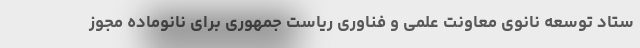
ستاد توسعه نانوی معاونت علمی و فناوری ریاست جمهوری برای نانوماده مجوز